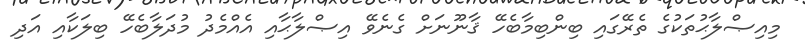
މިއިޞްލާޙުތަކުގެ ތެރޭގައި ބިންބިމާބެހޭ ޤާނޫނަށް ގެނެވޭ އިޞްލާޙާއި އެއްމެދު މުދަލާބެހޭ ބިލަކާއި އަދި